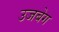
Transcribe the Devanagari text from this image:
उजबेग